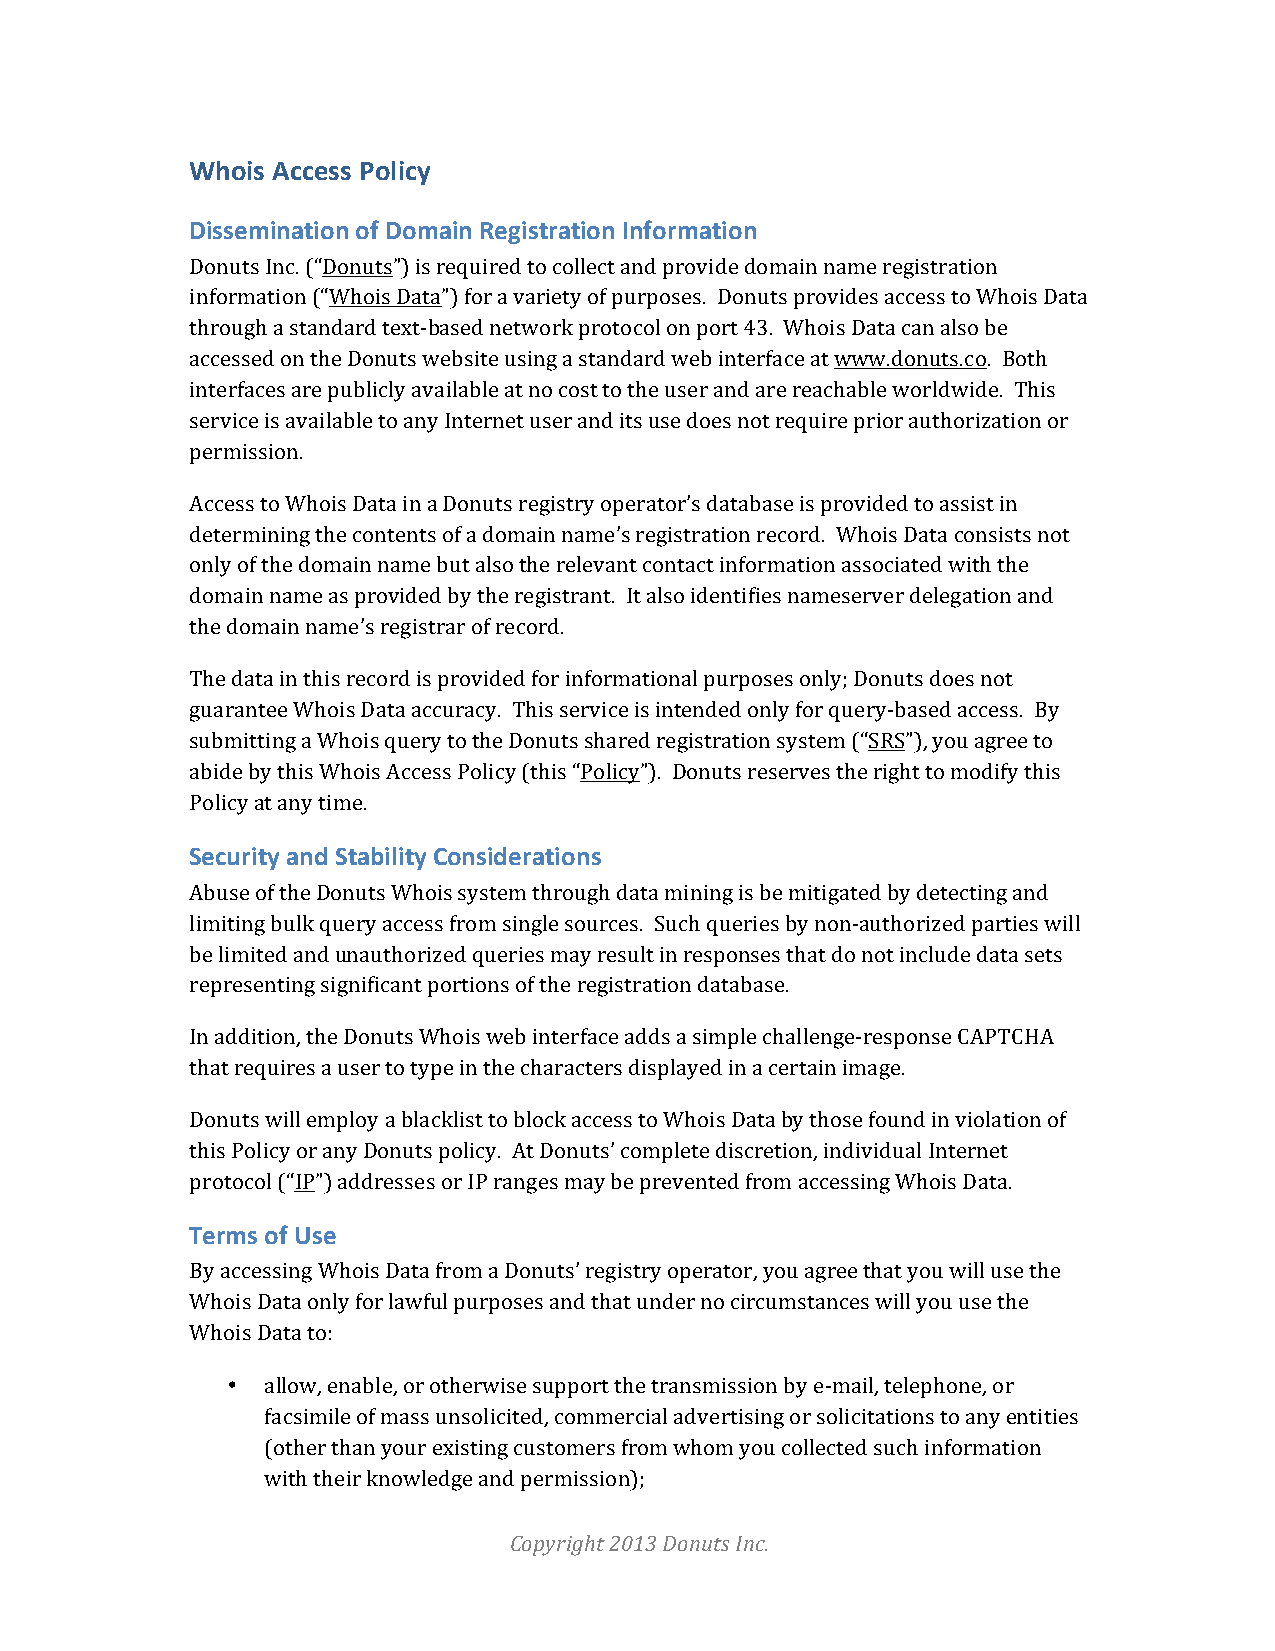
Whois Access Policy
 Dissemination of Domain Registration Information
 Donuts Inc. (“Donuts”) is required to collect and provide domain name registration
 information (“Whois Data”) for a variety of purposes. Donuts provides access to Whois Data
 through a standard text-­‐based network protocol on port 43. Whois Data can also be
 accessed on the Donuts website using a standard web interface at www.donuts.co. Both
 interfaces are publicly available at no cost to the user and are reachable worldwide. This
 service is available to any Internet user and its use does not require prior authorization or
 permission.
 Access to Whois Data in a Donuts registry operator’s database is provided to assist in
 determining the contents of a domain name’s registration record. Whois Data consists not
 only of the domain name but also the relevant contact information associated with the
 domain name as provided by the registrant. It also identifies nameserver delegation and
 the domain name’s registrar of record.
 The data in this record is provided for informational purposes only; Donuts does not
 guarantee Whois Data accuracy. This service is intended only for query-­‐based access. By
 submitting a Whois query to the Donuts shared registration system (“SRS”), you agree to
 abide by this Whois Access Policy (this “Policy”). Donuts reserves the right to modify this
 Policy at any time.
 Security and Stability Considerations
 Abuse of the Donuts Whois system through data mining is be mitigated by detecting and
 limiting bulk query access from single sources. Such queries by non-­‐authorized parties will
 be limited and unauthorized queries may result in responses that do not include data sets
 representing significant portions of the registration database.
 In addition, the Donuts Whois web interface adds a simple challenge-­‐response CAPTCHA
 that requires a user to type in the characters displayed in a certain image.
 Donuts will employ a blacklist to block access to Whois Data by those found in violation of
 this Policy or any Donuts policy. At Donuts’ complete discretion, individual Internet
 protocol (“IP”) addresses or IP ranges may be prevented from accessing Whois Data.
 Terms of Use
 By accessing Whois Data from a Donuts’ registry operator, you agree that you will use the
 Whois Data only for lawful purposes and that under no circumstances will you use the
 Whois Data to:
 •  allow, enable, or otherwise support the transmission by e-­‐mail, telephone, or
 facsimile of mass unsolicited, commercial advertising or solicitations to any entities
 (other than your existing customers from whom you collected such information
 with their knowledge and permission);
 Copyright 2013 Donuts Inc.